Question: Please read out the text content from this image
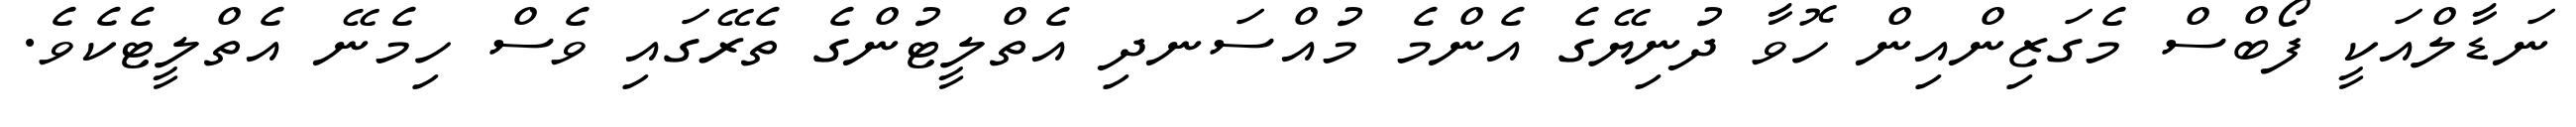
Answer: ނަޑާލްއަކީ ފޯބްސް މެގަޒިންއިން ހޮވާ ދުނިޔޭގެ އެންމެ މުއްސަނދި އެތްލީޓުންގެ ތެރޭގައި ވެސް ހިމެނޭ އެތްލީޓެކެވެ.